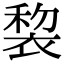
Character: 𧚩